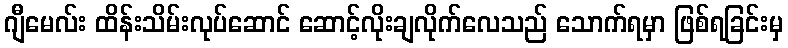
ဂျီမေလ်း ထိန်းသိမ်းလုပ်ဆောင် ဆောင့်လိုးချလိုက်လေသည် သောက်ရမှာ ဖြစ်ရခြင်းမှ